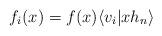
LaTeX: \begin{align*}f_i(x)=f(x)\langle v_i \vert x h_n \rangle\end{align*}